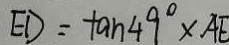
E D = \tan 4 9 ^ { \circ } \times A E